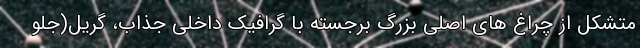
متشکل از چراغ های اصلی بزرگ برجسته با گرافیک داخلی جذاب، گریل(جلو